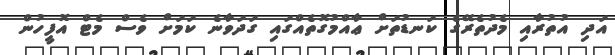
އަދި އުތުރާއި މެދުތެރޭގެ ކަނޑުތަށް ޢާއްމުގޮތެއްގައި ގަދަވާނެ ކަމަށް ވެސް މެޓް އޮފީހުން